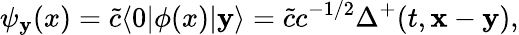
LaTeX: \psi_{{\mathbf y}}(x)=\tilde{c}\langle 0|\phi(x)|{\mathbf y}\rangle=\tilde{c}c^{-1/2}\Delta^{+}(t,{\mathbf x}-{\mathbf y}),